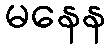
မနေန